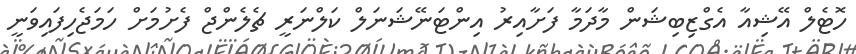
ހޮޓެލް އޭޝިއާ އެގްޒިބިޝަން މާދަމާ ފަށާއިރު އިންޓަނޭޝަނަލް ކަލްނަރީ ޗެލެންޖް ފެށުމަށް ހަމަޖެހިފައިވަނީ